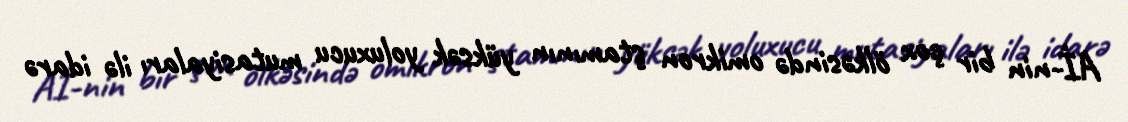
Aİ-nin bir çox ölkəsində omikron ştamının yüksək yoluxucu mutasiyaları ilə idarə